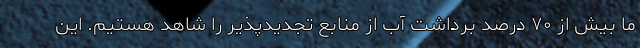
ما بیش از ۷۰ درصد برداشت آب از منابع تجدیدپذیر را شاهد هستیم. این